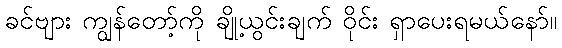
ခင်ဗျား ကျွန်တော့်ကို ချို့ယွင်းချက် ဝိုင်း ရှာပေးရမယ်နော်။